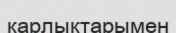
карлықтарымен